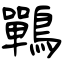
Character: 鷤